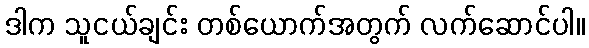
ဒါက သူငယ်ချင်း တစ်ယောက်အတွက် လက်ဆောင်ပါ။